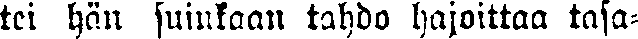
tei hän suinkaan tahdo hajoittaa tasa-